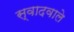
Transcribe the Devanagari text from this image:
स्वादवाले